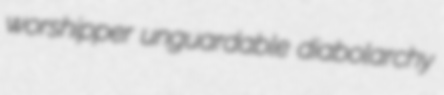
worshipper unguardable diabolarchy